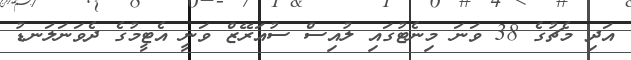
އަދި މެޗުގެ 38 ވަނަ މިނެޓުގައި ލުއިސް ސުއަރޭޒް ވަނީ އެޓީމުގެ ދެވަނަލަނޑު